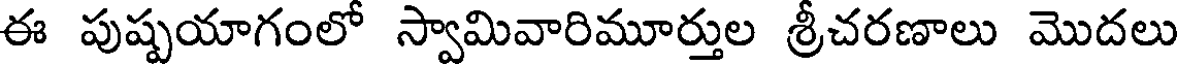
ఈ పుష్పయాగంలో స్వామివారిమూర్తుల శ్రీచరణాలు మొదలు